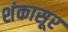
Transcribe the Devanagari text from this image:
शंकासूर